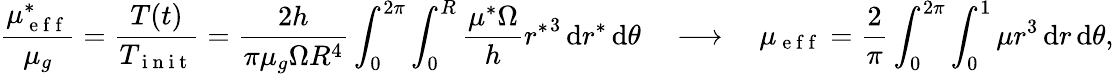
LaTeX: \frac{\mu_{\mathrm{~e~f~f~}}^{*}}{\mu_{g}}=\frac{T(t)}{T_{\mathrm{~i~n~i~t~}}}=\frac{2h}{\pi\mu_{g}\Omega R^{4}}\int_{0}^{2\pi}\int_{0}^{R}\frac{\mu^{*}\Omega}{h}{r^{*}}^{3}\, \mathrm{d}r^{*}\, \mathrm{d}\theta~~~~\longrightarrow~~~~\mu_{\mathrm{~e~f~f~}}=\frac{2}{\pi}\int_{0}^{2\pi}\int_{0}^{1}\mu{r}^{3}\, \mathrm{d}r\, \mathrm{d}\theta,